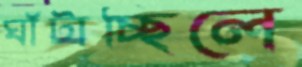
ঘাঁটাচ্ছিলে